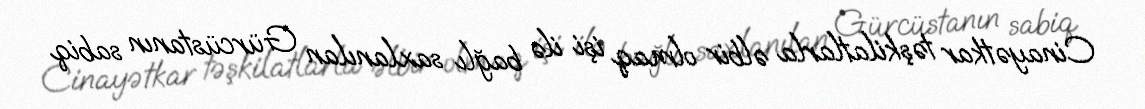
Cinayətkar təşkilatlarla əlbir olmaq işi ilə bağlı saxlanılan Gürcüstanın sabiq